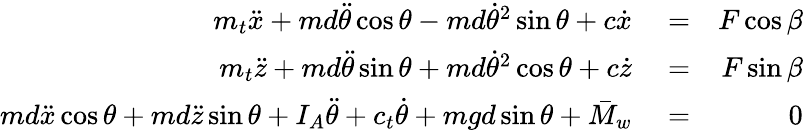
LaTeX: \begin{array}{rlr}{m_{t}\ddot{x}+md\ddot{\theta}\cos\theta-md\dot{\theta}^{2}\sin\theta+c\dot{x}}&{{}=}&{F\cos\beta}\\ {m_{t}\ddot{z}+md\ddot{\theta}\sin\theta+md\dot{\theta}^{2}\cos\theta+c\dot{z}}&{{}=}&{F\sin\beta}\\ {md\ddot{x}\cos\theta+md\ddot{z}\sin\theta+I_{A}\ddot{\theta}+c_{t}\dot{\theta}+mgd\sin\theta+\bar{M}_{w}}&{{}=}&{0}\end{array}